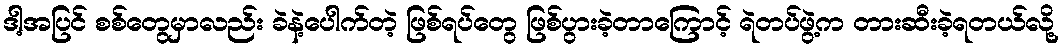
ဒါ့အပြင် စစ်တွေမှာလည်း ခဲနဲ့ပေါက်တဲ့ ဖြစ်ရပ်တွေ ဖြစ်ပွားခဲ့တာကြောင့် ရဲတပ်ဖွဲ့က တားဆီးခဲ့ရတယ်လို့